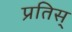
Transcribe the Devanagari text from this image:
प्रतिस्